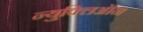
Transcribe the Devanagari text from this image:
न्युक्लिऑन